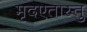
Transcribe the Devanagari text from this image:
मृदएतास्तु